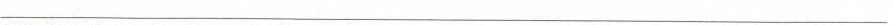
___